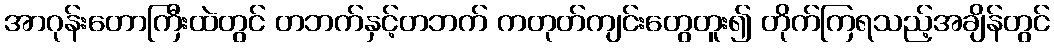
အာဂုန်းတောကြီးထဲတွင် တဘက်နှင့်တဘက် ကတုတ်ကျင်းတွေတူး၍ တိုက်ကြရသည့်အချိန်တွင်